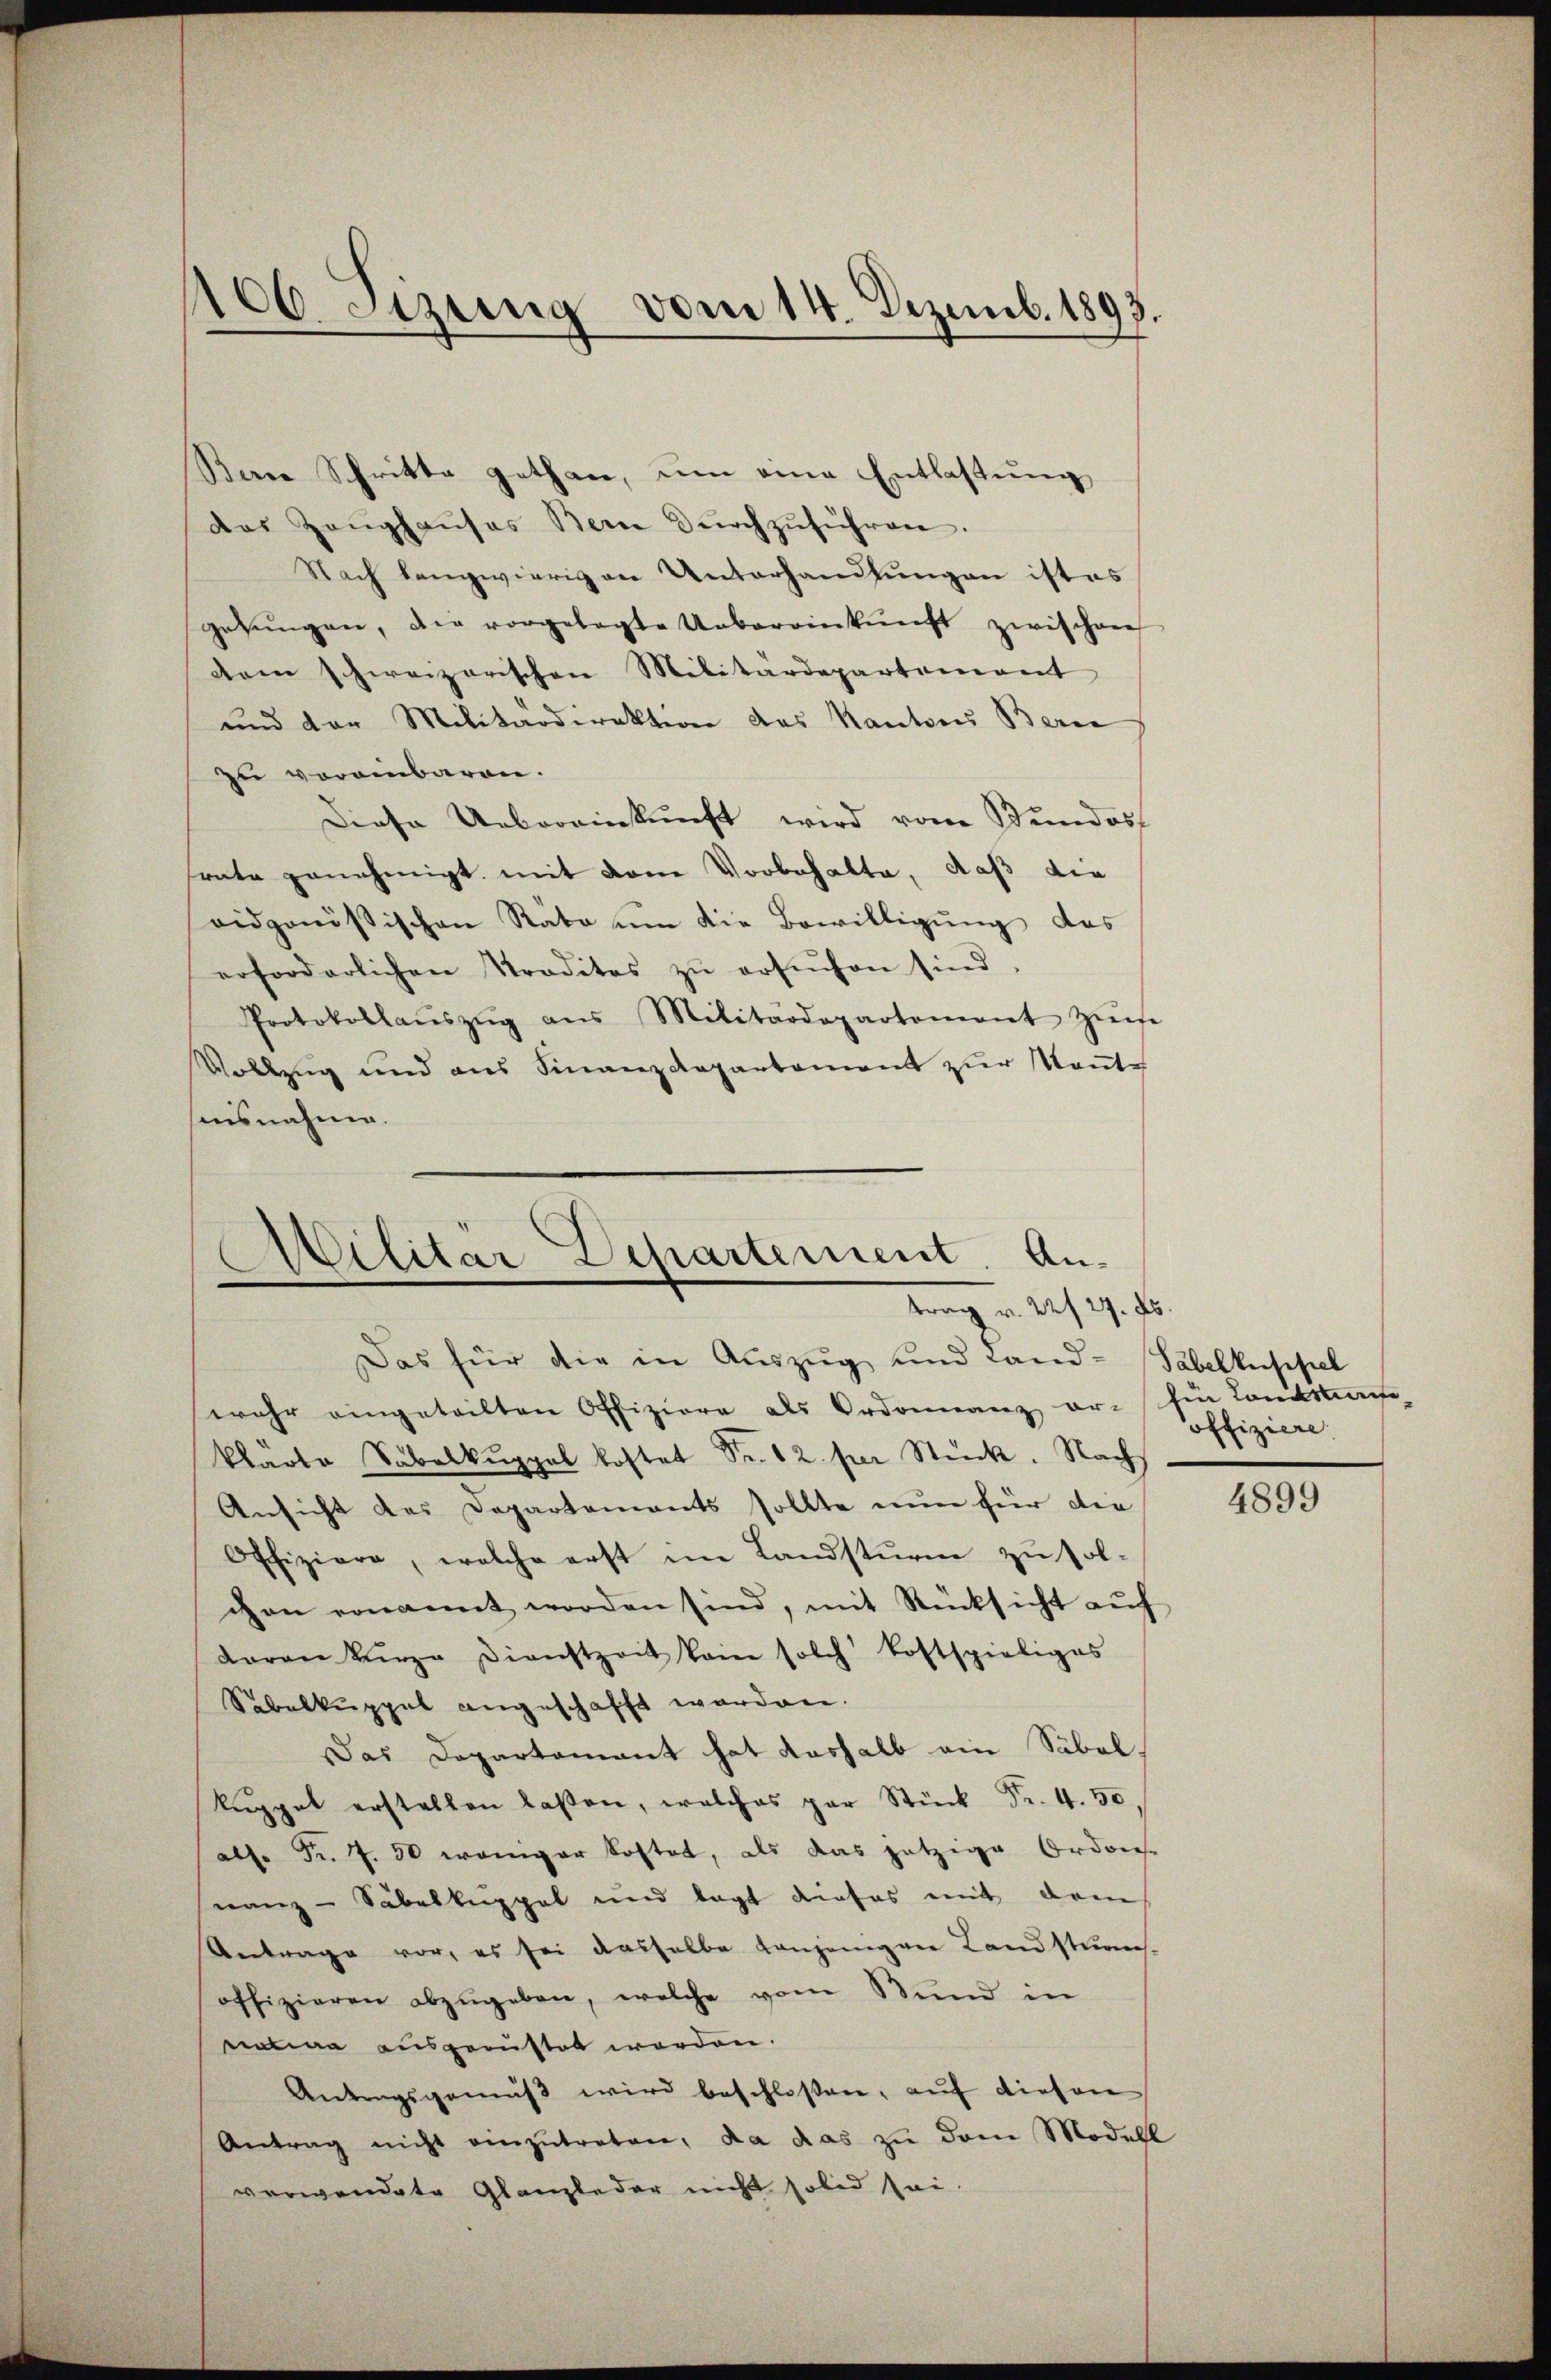
106 Sizung vom 14. Dezemb. 1893.

Serie Schritte gethan, um eine Entlastung
das Zeŭghaŭses Bern dŭrchzŭführen.
Nach langwierigen Unterhandlungen ist es
gehŭngen, die vorgelegte Uebereinkŭnft zwischen
dem schweizerischen Militärdepartement
und der Militärdirektion des Kantons Beri
zu vereinbaren.
Diese Uebereinkunft wird vom Stundes
rate genehmigt mit dene Vorbehalte, daß die
vidgenössischen Räte ŭm die Bewilligŭng des
erforderlichen Traditas zŭ ersŭchen sind.
Protokollaŭszŭg ans Militärdepartement Zinse
Vollzug und aus Finanzdepartement zur Konte
sinsnahme.

Atilitär Departement. Antrag v. 22. 27. ds.

Das für die in Auszug und Land- Tabelkuppel
wahr eingeteilten Offiziere als Ordonnanz or-fin Constante-
klarte Säbelkuppel kostet Sr. 12. per Stück. Nach
Ansicht das Departements sollte nun für die
Offiziere, welche erst im Landsturm zu solchen ernannt worden sind, mit Rücksicht aŭf
daran kürze Dienstzeit kein solch kostspieliges
Säbelkuppel angeschafft worden.
Das Departamant hat deshalb ein Säbelkŭppet erstellen laßen, welches par Stück Fr. 4. 50,
als. Fr. 7. 50 weniger kostet, als das jetzige Ordnies-
nanz-Säbelkuppel und legt dieses mit dem
Antrage vor, es sei dasselbe Tanzengen Landstume.
offizieren abzŭgeben, welche vom Bund in
eatiaa ausgerüstet worden.
Antragsgemäβ wird beschlossen, auf diesen
Antrag nicht einzŭtreten, da das zu dem Modell
verwendete Glanzleder nicht solid sei.

offiziere.

4899